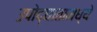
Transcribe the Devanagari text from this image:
उपोद्‌घातामध्ये